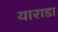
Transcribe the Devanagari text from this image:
याराडा